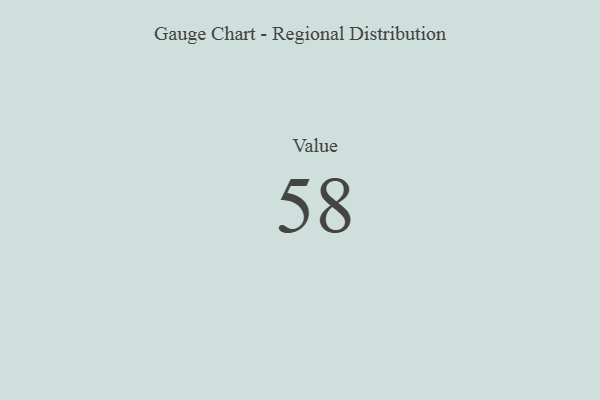
{"axis": {"x": "Metric", "y": "Value"}, "legend": [""], "data": [{"x": "Value", "y": 58, "type": ""}]}